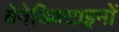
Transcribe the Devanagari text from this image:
बेनेडिक्टाइनों